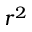
r ^ { 2 }